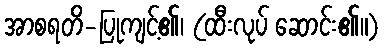
အာစရတိ-ပြုကျင့်၏၊ (ထီးလုပ် ဆောင်း၏။)